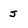
Character: s